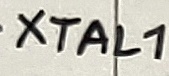
Text: XTAL1